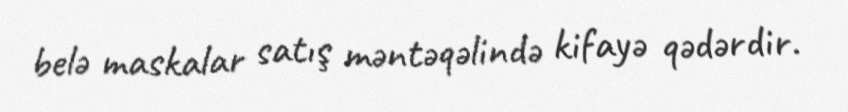
belə maskalar satış məntəqəlində kifayə qədərdir.